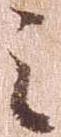
之